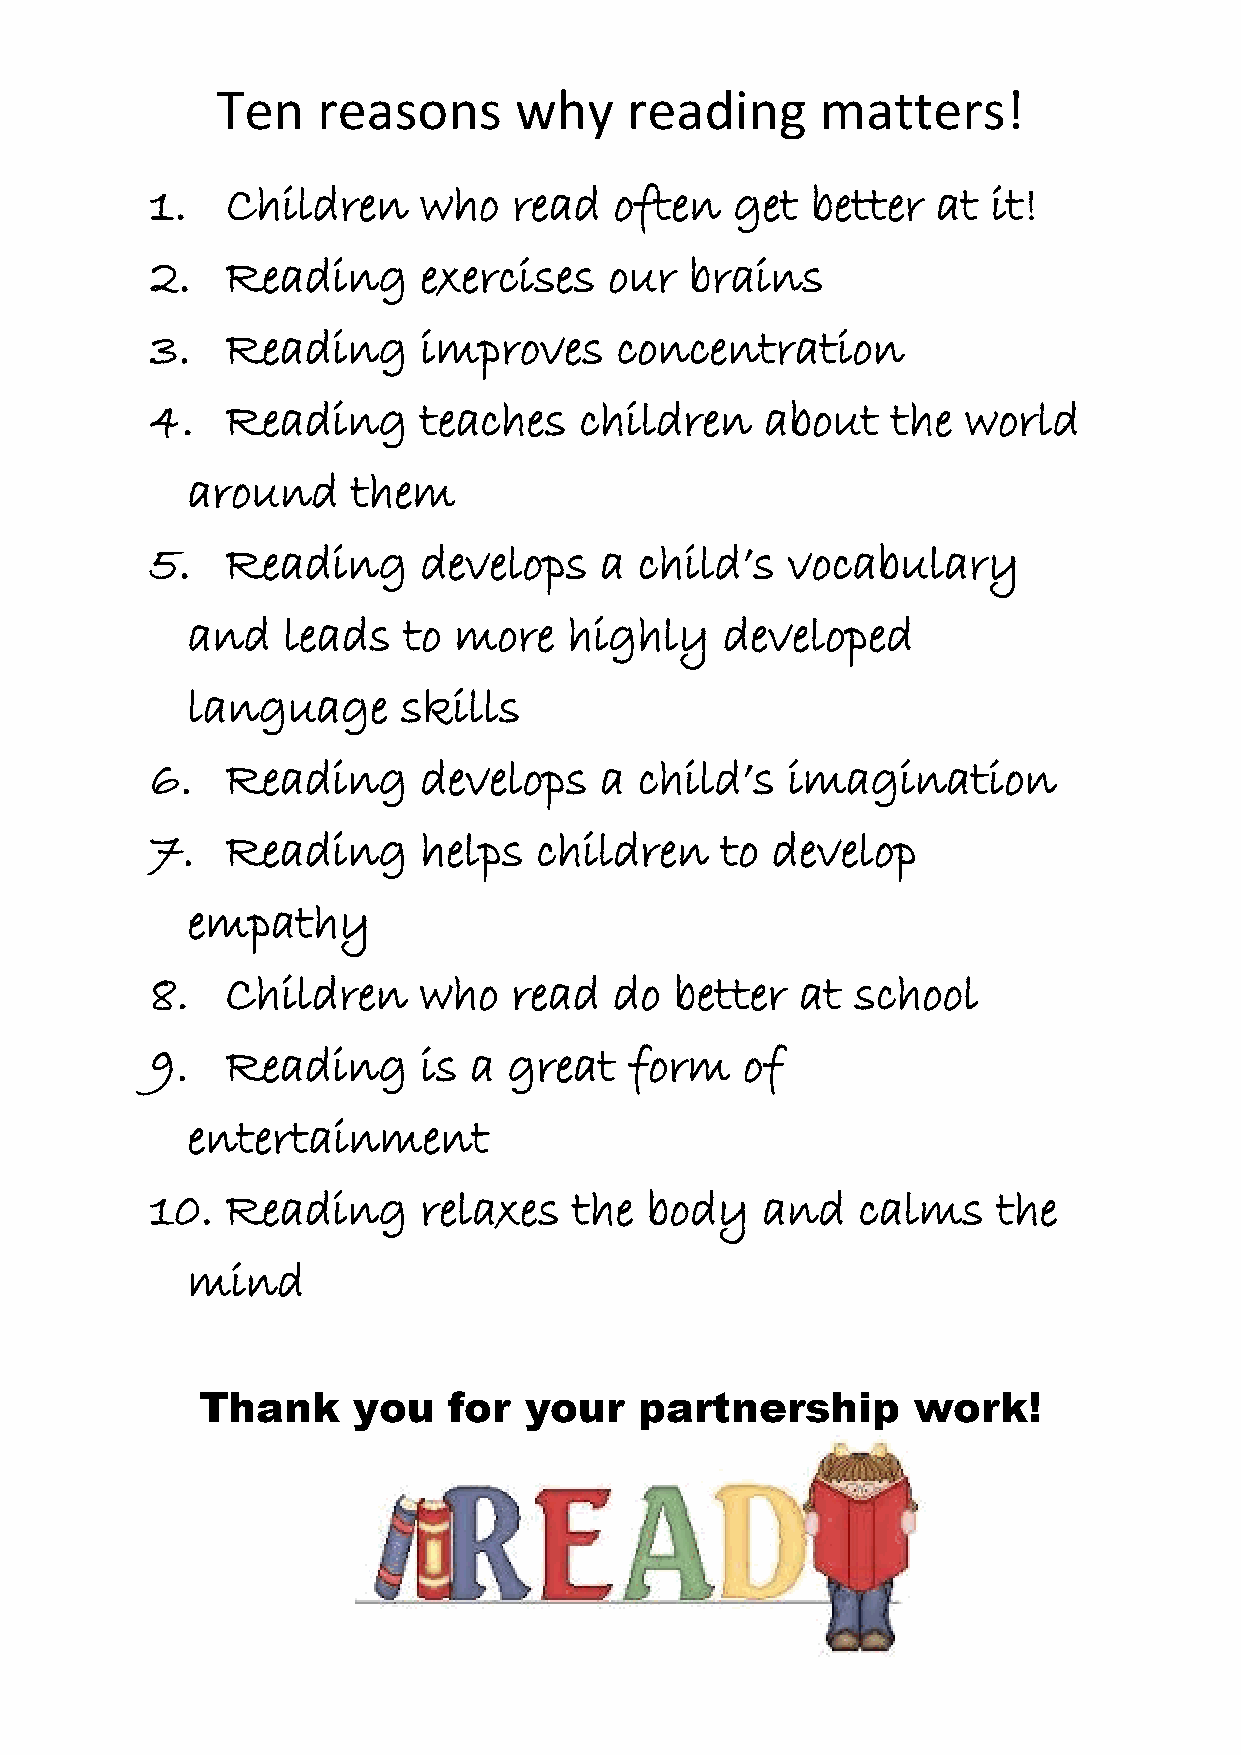
Ten    reasons      why    reading      matters!
 1.   Children     who   read   often   get  better  at  it!
 2.   Reading      exercises   our   brains
 3.   Reading      improves     concentration
 4.   Reading      teaches   children     about   the  world
 around     them
 5.   Reading      develops    a child’s   vocabulary
 and    leads   to more    highly    developed
 language       skills
 6.   Reading      develops    a child’s   imagination
 7.   Reading      helps  children     to develop
 empathy
 8.   Children     who   read   do  better  at  school
 9.   Reading      is a  great   form   of
 entertainment
 10.  Reading      relaxes   the  body   and    calms    the
 mind
 Thank     you    for  your   partnership        work!